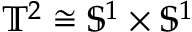
{ \mathbb T } ^ { 2 } \cong { \mathbb S } ^ { 1 } \times { \mathbb S } ^ { 1 }